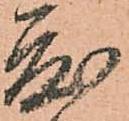
度